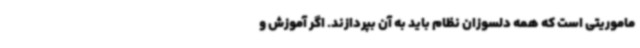
ماموریتی است که همه دلسوزان نظام باید به آن بپردازند. اگر آموزش و